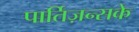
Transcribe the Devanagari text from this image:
पार्तिज़न्सके